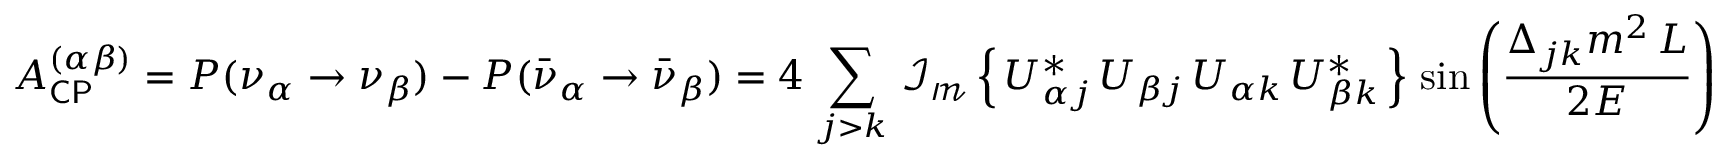
A _ { \mathsf { C P } } ^ { ( \alpha \beta ) } = P ( \nu _ { \alpha } \rightarrow \nu _ { \beta } ) - P ( { \bar { \nu } } _ { \alpha } \rightarrow { \bar { \nu } } _ { \beta } ) = 4 \, \sum _ { j > k } \, \operatorname { \mathcal { I _ { m } } } \left\{ \, U _ { \alpha j } ^ { * } \, U _ { \beta j } \, U _ { \alpha k } \, U _ { \beta k } ^ { * } \, \right\} \, \sin \left( { \frac { \Delta _ { j k } m ^ { 2 } \, L } { 2 E } } \right)